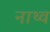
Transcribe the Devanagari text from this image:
नाथ्व